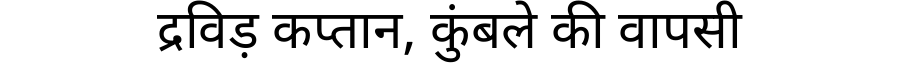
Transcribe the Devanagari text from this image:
द्रविड़ कप्तान, कुंबले की वापसी